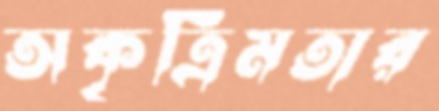
অকৃত্রিমতার